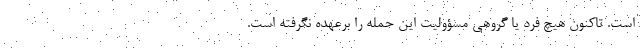
است. تاکنون هیچ فرد یا گروهی مسؤولیت این حمله را برعهده نگرفته‌ است.